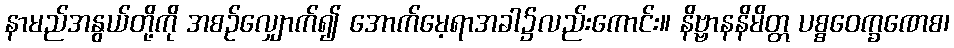
နာမည်အနွယ်တို့ကို အစဉ်လျှောက်၍ အောက်မေ့ရာအခါ၌လည်းကောင်း။ နိဗ္ဗာနနိမိတ္တ ပစ္စဝေက္ခဏေစ၊